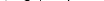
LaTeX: \smash{\delta\lesssim 1/N}